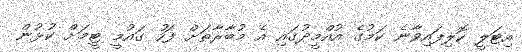
އިޓަލީ ކޮލިފައިވާނެ ކަމުގެ އުއްމީދުގައި އެ މުބާރާތަށް ފަހު ގައުމީ ޓީމަށް ކުޅުން